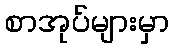
စာအုပ်များမှာ